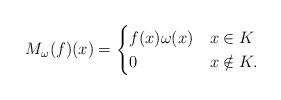
LaTeX: \begin{align*}M_\omega(f)(x)=\begin{cases}f(x)\omega(x) & x\in K \\0 & x\notin K.\end{cases} \,\end{align*}